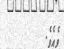
ވެއެވެ.